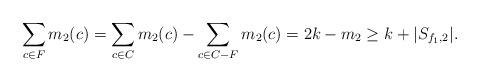
LaTeX: \begin{align*}\begin{aligned}\sum_{c \in F}m_2(c) &= \sum_{c \in C}m_2(c) - \sum_{c \in C-F}m_2(c) = 2k - m_2 \ge k + |S_{f_1,2}|.\end{aligned} \end{align*}